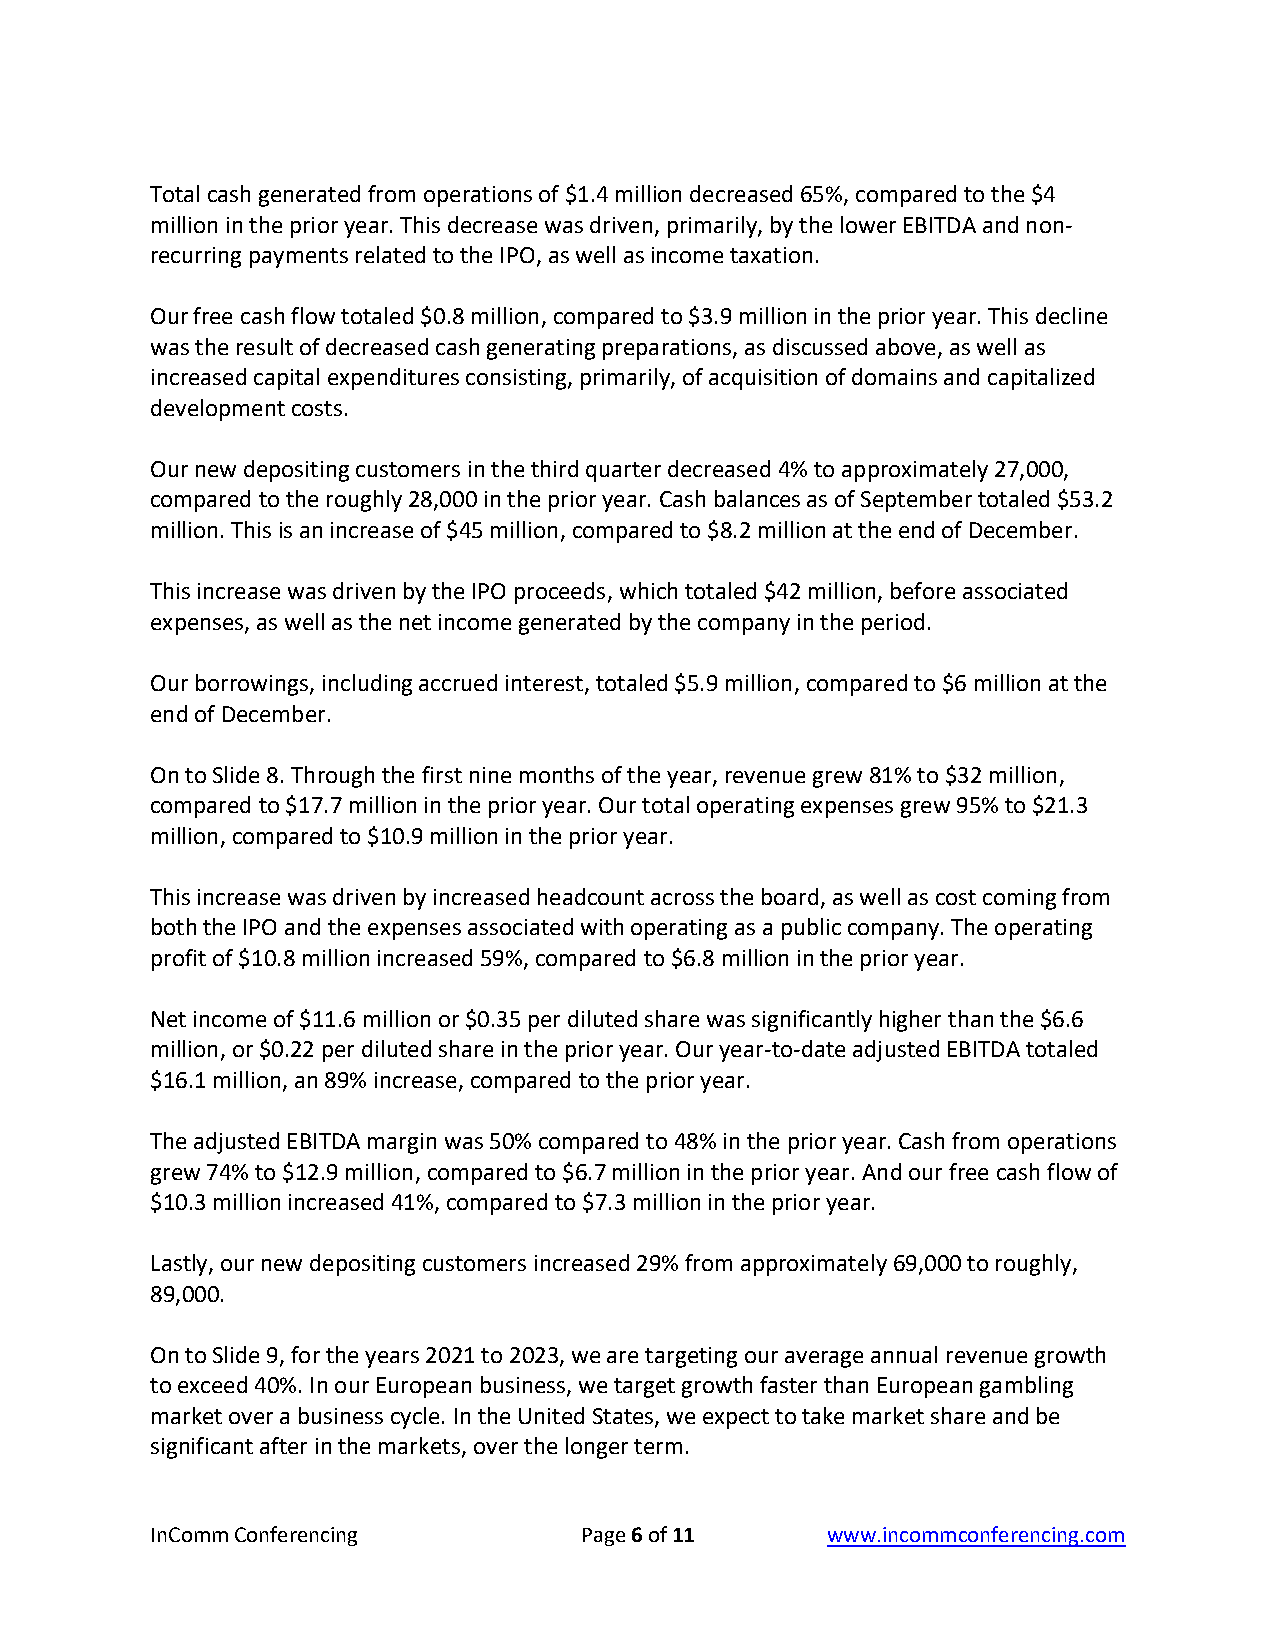
Total cash generated from operations of $1.4 million decreased 65%, compared to the $4
 million in the prior year. This decrease was driven, primarily, by the lower EBITDA and non-
 recurring payments related to the IPO, as well as income taxation.
 Our free cash flow totaled $0.8 million, compared to $3.9 million in the prior year. This decline
 was the result of decreased cash generating preparations, as discussed above, as well as
 increased capital expenditures consisting, primarily, of acquisition of domains and capitalized
 development costs.
 Our new depositing customers in the third quarter decreased 4% to approximately 27,000,
 compared to the roughly 28,000 in the prior year. Cash balances as of September totaled $53.2
 million. This is an increase of $45 million, compared to $8.2 million at the end of December.
 This increase was driven by the IPO proceeds, which totaled $42 million, before associated
 expenses, as well as the net income generated by the company in the period.
 Our borrowings, including accrued interest, totaled $5.9 million, compared to $6 million at the
 end of December.
 On to Slide 8. Through the first nine months of the year, revenue grew 81% to $32 million,
 compared to $17.7 million in the prior year. Our total operating expenses grew 95% to $21.3
 million, compared to $10.9 million in the prior year.
 This increase was driven by increased headcount across the board, as well as cost coming from
 both the IPO and the expenses associated with operating as a public company. The operating
 profit of $10.8 million increased 59%, compared to $6.8 million in the prior year.
 Net income of $11.6 million or $0.35 per diluted share was significantly higher than the $6.6
 million, or $0.22 per diluted share in the prior year. Our year-to-date adjusted EBITDA totaled
 $16.1 million, an 89% increase, compared to the prior year.
 The adjusted EBITDA margin was 50% compared to 48% in the prior year. Cash from operations
 grew 74% to $12.9 million, compared to $6.7 million in the prior year. And our free cash flow of
 $10.3 million increased 41%, compared to $7.3 million in the prior year.
 Lastly, our new depositing customers increased 29% from approximately 69,000 to roughly,
 89,000.
 On to Slide 9, for the years 2021 to 2023, we are targeting our average annual revenue growth
 to exceed 40%. In our European business, we target growth faster than European gambling
 market over a business cycle. In the United States, we expect to take market share and be
 significant after in the markets, over the longer term.
 InComm Conferencing         Page 6 of 11     www.incommconferencing.com